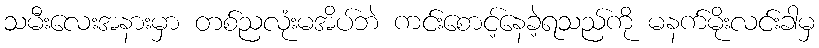
သမီးလေးအနားမှာ တစ်ညလုံးမအိပ်ဘဲ ကင်းစောင့်နေခဲ့ရသည်ကို မနက်မိုးလင်းခါမှ